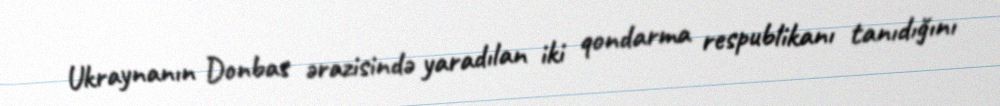
Ukraynanın Donbas ərazisində yaradılan iki qondarma respublikanı tanıdığını